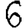
Digit: 6